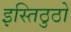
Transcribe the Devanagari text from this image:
इस्तिठुठो